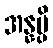
အန္နမ္ပိ